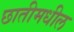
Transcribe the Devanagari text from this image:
छातीमधील